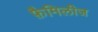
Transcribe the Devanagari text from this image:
फ़ैमिलीज